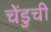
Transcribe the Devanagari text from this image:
चेंडुची